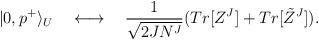
LaTeX: \begin{align*}|0,p^+\rangle _U \quad \longleftrightarrow \quad {1\over\sqrt{2JN^J}}(Tr[Z^J] + Tr[\tilde{Z}^J]). \end{align*}